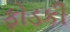
ફોડકી